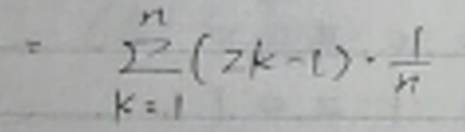
\[
= \sum_{k = 1}^{n}(2k - 1)\cdot\frac{1}{n}
\]